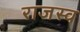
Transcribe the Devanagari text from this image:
राजस्व